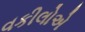
વકીલોએ